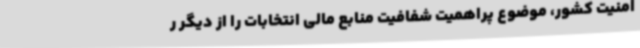
امنیت کشور، موضوع پراهمیت شفافیت منابع مالی انتخابات را از دیگر ر